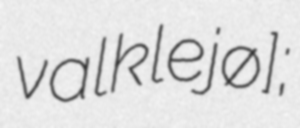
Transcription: valkleʁjø];